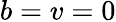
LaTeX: b=v=0